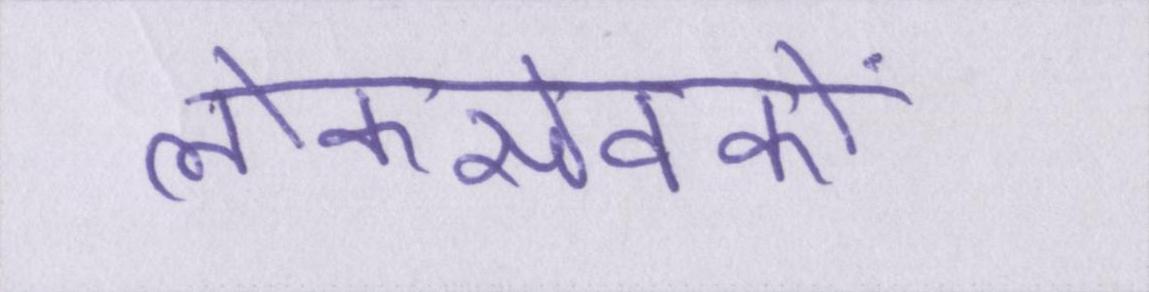
लोकसेवकों